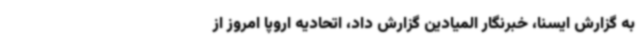
به گزارش ایسنا، خبرنگار المیادین گزارش داد، اتحادیه اروپا امروز از